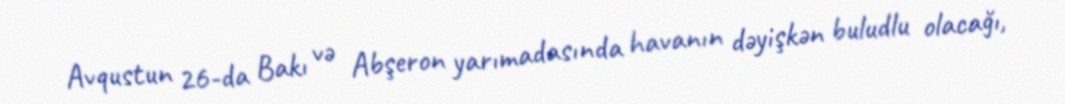
Avqustun 26-da Bakı və Abşeron yarımadasında havanın dəyişkən buludlu olacağı,